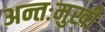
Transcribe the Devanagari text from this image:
अन्तःमुखी